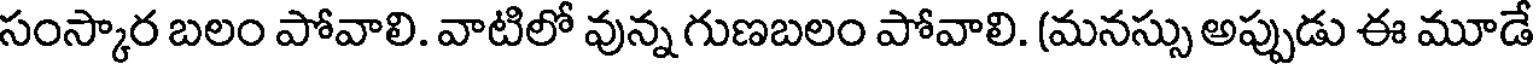
సంస్కార బలం పోవాలి. వాటిలో వున్న గుణబలం పోవాలి. (మనస్సు అప్పుడు ఈ మూడే